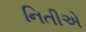
નિતીએ